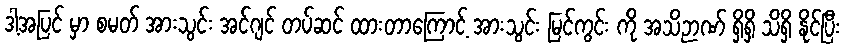
ဒါ့အပြင် မှာ စမတ် အားသွင်း အင်ဂျင် တပ်ဆင် ထားတာကြောင့် အားသွင်း မြင်ကွင်း ကို အသိဉာဏ် ရှိရှိ သိရှိ နိုင်ပြီး